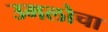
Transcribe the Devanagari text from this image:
उमलोचा